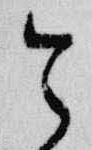
令